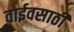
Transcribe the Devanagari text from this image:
वाईवसाठी